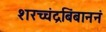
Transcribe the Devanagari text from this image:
शरच्चंद्रबिंबाननं